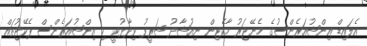
އެލައިޑް އިންޝުއަރެންސުގެ މެނޭޖަރު މާކެޓިން ނިއުޝާދު ޝަރީފު ވިދާޅުވީ މި އިންޝުއަރެންސް ޕެކޭޖުތައް